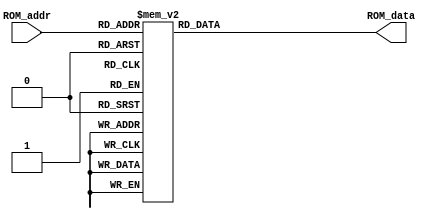
`timescale 1ns / 1ps
//////////////////////////////////////////////////////////////////////////////////
// Company: 
// Engineer: 
// 
// Design Name: 
// Module Name: ROM
// Project Name: 
// Target Devices: 
// Tool Versions: 
// Description: 
// 
// Dependencies: 
// 
// Revision:
// Revision 0.01 - File Created
// Additional Comments:
// 
//////////////////////////////////////////////////////////////////////////////////


module ROM (ROM_data, ROM_addr);
output reg [3:0] ROM_data;
input [2:0] ROM_addr;
always @(ROM_addr) begin
	case (ROM_addr)
         3'd0: ROM_data = 4'b0000;
         3'd1: ROM_data = 4'b1100;
         3'd2: ROM_data = 4'b0110;
         3'd3: ROM_data = 4'b0111;
         3'd4: ROM_data = 4'b1000;
         3'd5: ROM_data = 4'b0001;
         3'd6: ROM_data = 4'b1101;
         3'd7: ROM_data = 4'b1110;
endcase
	end
endmodule